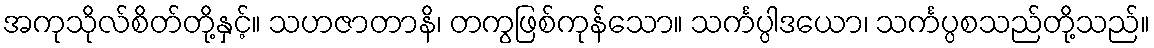
အကုသိုလ်စိတ်တို့နှင့်။ သဟဇာတာနိ၊ တကွဖြစ်ကုန်သော။ သင်္ကပ္ပါဒယော၊ သင်္ကပ္ပစသည်တို့သည်။